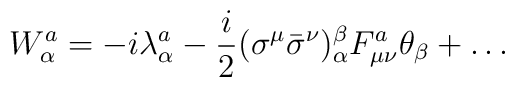
W^{a}_{\alpha}=-i{\lambda}^{a}_{\alpha}-\frac{i}{2}({\sigma}^{\mu}{\bar{\sigma}}^{\nu})_{\alpha}^{\beta}F_{\mu\nu}^{a}{\theta}_{\beta}+\dots